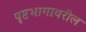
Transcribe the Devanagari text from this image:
पृष्टभागावरील